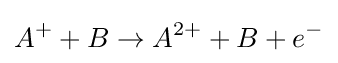
A^{+}+B\to A^{2+}+B+e^{-}